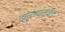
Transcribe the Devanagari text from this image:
खतरपतवार